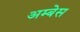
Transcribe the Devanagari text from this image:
अम्बेस